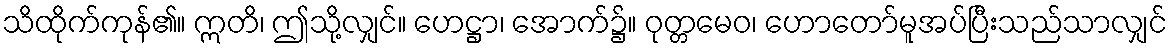
သိထိုက်ကုန်၏။ ဣတိ၊ ဤသို့လျှင်။ ဟေဋ္ဌာ၊ အောက်၌။ ဝုတ္တမေဝ၊ ဟောတော်မူအပ်ပြီးသည်သာလျှင်